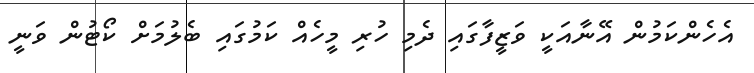
އެހެންކަމުން އޭނާއަކީ ވަޒީފާގައި ދެމި ހުރި މީހެއް ކަމުގައި ބެލުމަށް ކޯޓުން ވަނީ